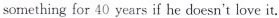
something for 40 years if he doesn't love it.